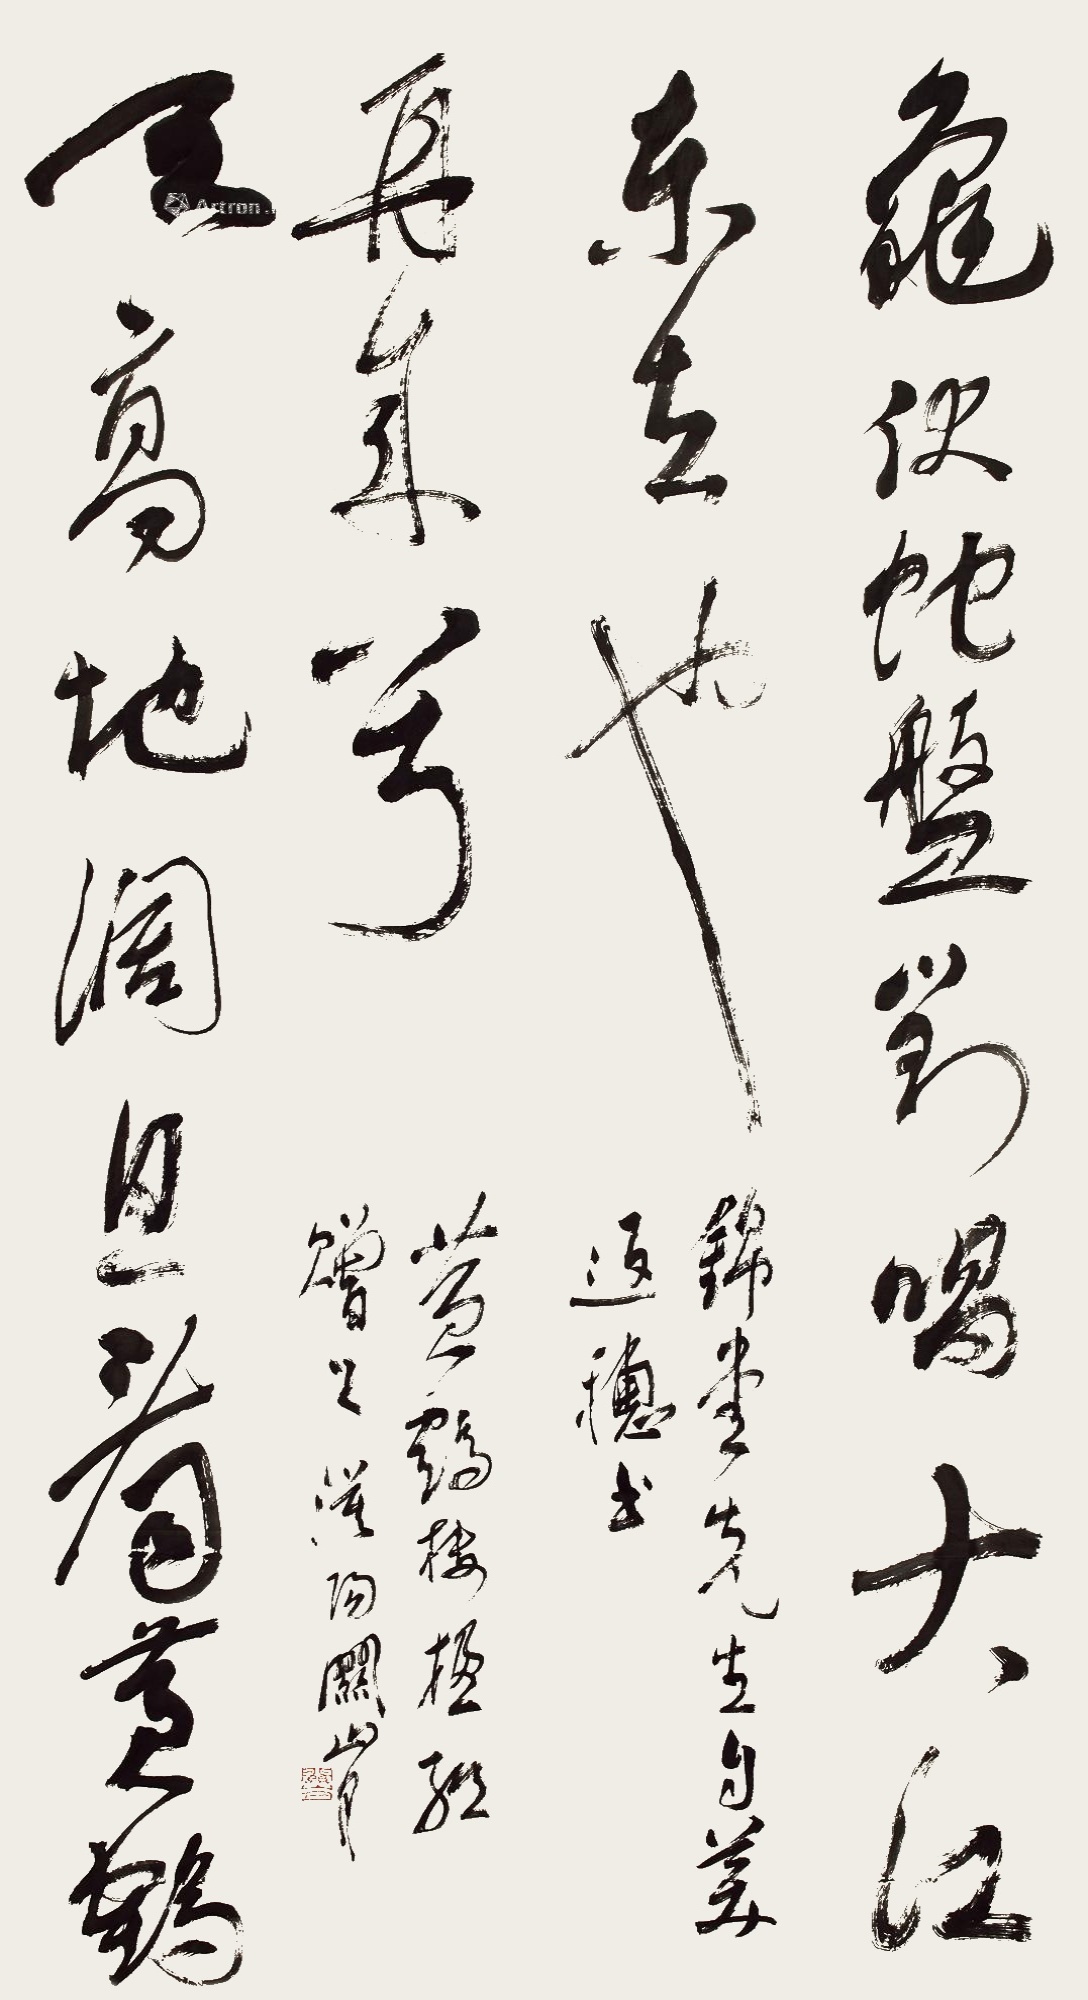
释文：龟伏蛇盘对唱大江东去也，天高地阔且看黄鹤再来兮。锦堂先生自美返穗，书黄鹤楼楹联赠之，漠阳关山月。